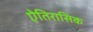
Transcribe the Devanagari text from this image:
ऐतिरासिक